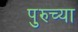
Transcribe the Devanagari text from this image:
पुरुच्या